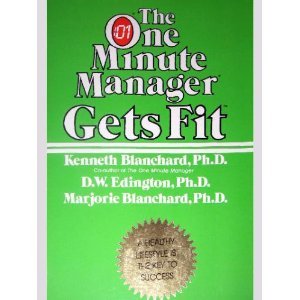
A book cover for The One Minute Manager Gets Fit; Kenneth H. Blanchard; Business & Money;